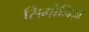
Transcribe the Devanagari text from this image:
सिमोनिज़